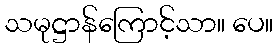
သမုဋ္ဌာန်ကြောင့်သာ။ ပေ။